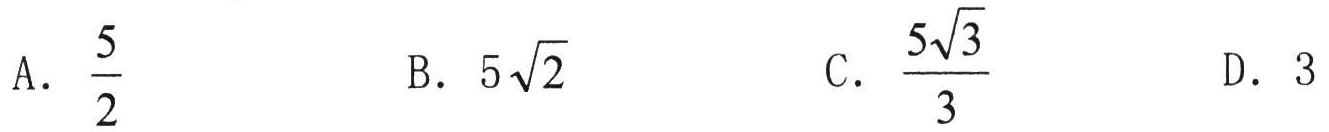
A. $\frac{5}{2}$

B. $5\sqrt{2}$

C. $\frac{5\sqrt{3}}{3}$

D. $3$